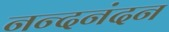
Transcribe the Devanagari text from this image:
नन्दनंदन